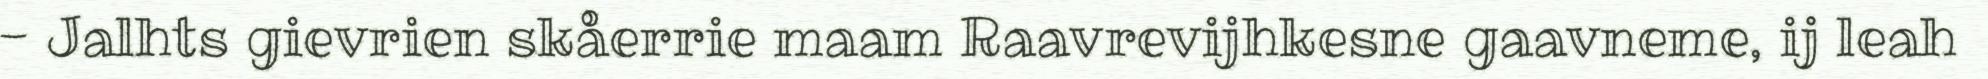
- Jalhts gievrien skåerrie maam Raavrevijhkesne gaavneme, ij leah